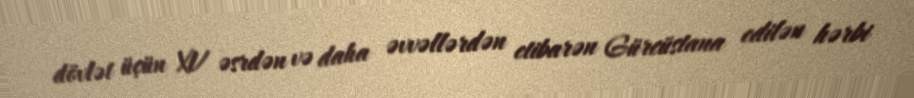
dövlət üçün XV əsrdən və daha əvvəllərdən etibarən Gürcüstana edilən hərbi